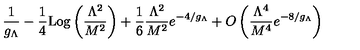
\frac { 1 } { g _ { \Lambda } } - \frac { 1 } { 4 } \mathrm { L o g } \left( \frac { \Lambda ^ { 2 } } { M ^ { 2 } } \right) + \frac { 1 } { 6 } \frac { \Lambda ^ { 2 } } { M ^ { 2 } } e ^ { - 4 / g _ { \Lambda } } + O \left( \frac { \Lambda ^ { 4 } } { M ^ { 4 } } e ^ { - 8 / g _ { \Lambda } } \right)